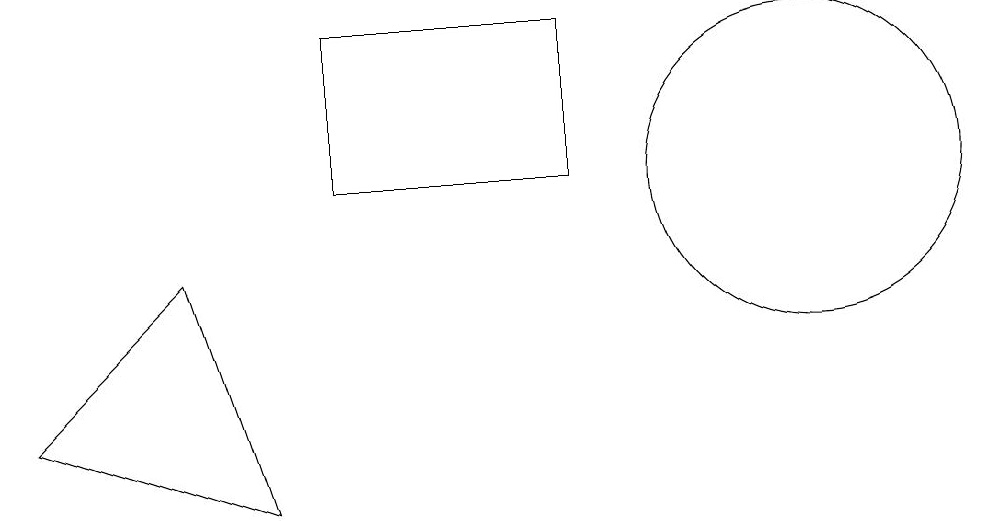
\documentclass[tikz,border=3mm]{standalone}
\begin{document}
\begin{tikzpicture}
\draw (9,12) rectangle (6,10);
\draw (4,9) -- (2,7) -- (5,6) -- cycle;
\draw (12,10) circle (2);
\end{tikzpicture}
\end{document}